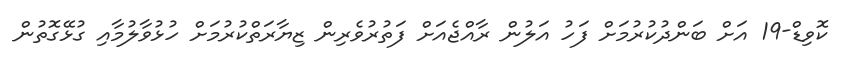
ކޮވިޑް-19 އަށް ބަންދުކުރުމަށް ފަހު އަލުން ރާއްޖެއަށް ފަތުރުވެރިން ޒިޔާރަތްކުރުމަށް ހުޅުވާލުމާއި ގުޅޭގޮތުން